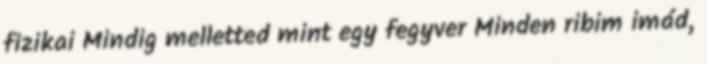
fizikai Mindig melletted mint egy fegyver Minden ribim imád,